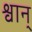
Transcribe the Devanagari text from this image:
श्वान्